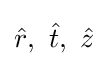
{\hat {r}},\ {\hat {t}},\ {\hat {z}}